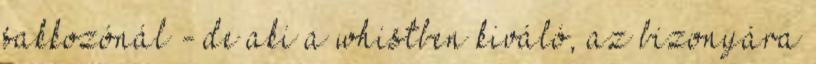
sakkozónál - de aki a whistben kiváló, az bizonyára